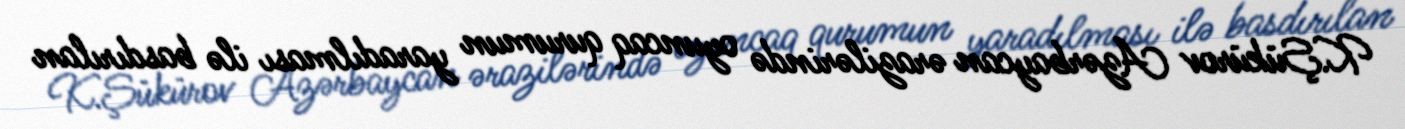
K.Şükürov Azərbaycan ərazilərində oyuncaq qurumun yaradılması ilə basdırılan